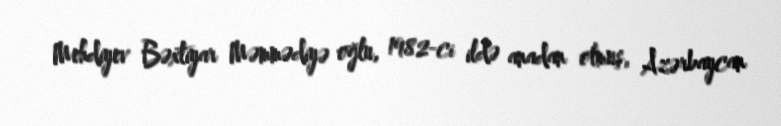
Mehdiyev Bəxtiyar Məmmədiyə oğlu, 1982-ci ildə anadan olmuş, Azərbaycan